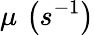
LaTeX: \mu\, \left(s^{-1}\right)